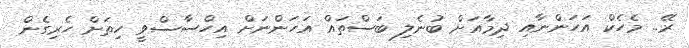
ރޭ.. މެހެކް އަހަންނާއި ދިމާއަށް ބުނެލި ބަސްތައް އަހަންނަށް އިހްސާސްވީ ހިތަށް ހެރިގެން